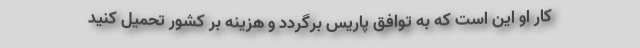
کار او این است که به توافق پاریس برگردد و هزینه بر کشور تحمیل کنید